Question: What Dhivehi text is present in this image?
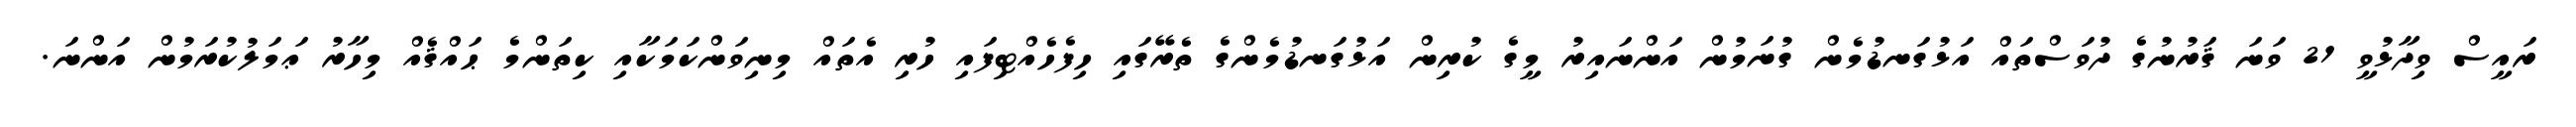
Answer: ރައީސް ވިދާޅުވީ 21 ވަނަ ޤަރުނުގެ ދުވަސްތައް އަޅުގަނޑުމެން ގުނަމުން އަންނައިރު މީގެ ކުރިން އަޅުގަނޑުމެންގެ ތެރޭގައި ހިފެހެއްޓިފައި ހުރި އެތައް މިނިވަންކަމަކާއި ކިތަންމެ ޙައްޤެއް މިހާރު ޢަމަލުކުރަމުން އަންނަ.